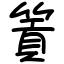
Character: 篢